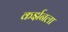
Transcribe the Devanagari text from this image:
कर्झनला